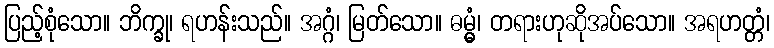
ပြည့်စုံသော။ ဘိက္ခု၊ ရဟန်းသည်။ အဂ္ဂံ၊ မြတ်သော။ ဓမ္မွံ၊ တရားဟုဆိုအပ်သော။ အရဟတ္တံ၊